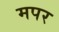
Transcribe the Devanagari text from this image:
मपर